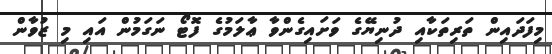
މިފަދައިން ތަރިތަކާއި ދުނިޔޭގެ ވަށައިގެންވާ ޢާލަމުގެ ފޮޓޯ ނަގަމުން އައި މި ޒުވާން